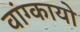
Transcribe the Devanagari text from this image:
वांग्कायो